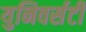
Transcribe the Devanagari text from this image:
युनिवर्सटी